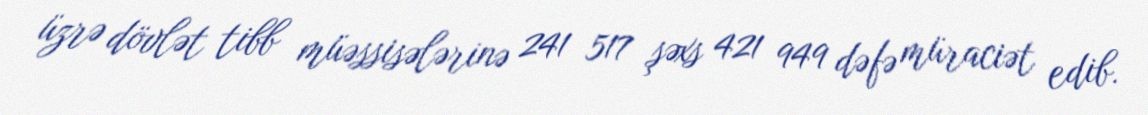
üzrə dövlət tibb müəssisələrinə 241 517 şəxs 421 949 dəfə müraciət edib.